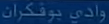
وادی-بوکران